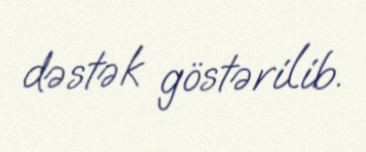
dəstək göstərilib.